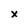
Character: x